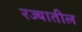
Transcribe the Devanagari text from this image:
रज्यातील